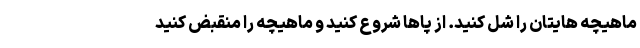
ماهیچه هایتان را شل کنید. از پاها شروع کنید و ماهیچه را منقبض کنید